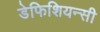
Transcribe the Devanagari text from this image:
डेफिशियन्सी